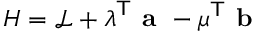
H = { \mathcal { L } } + { \boldsymbol { \lambda } } ^ { \mathsf { T } } { \textbf { a } } - { \boldsymbol { \mu } } ^ { \mathsf { T } } { \textbf { b } }